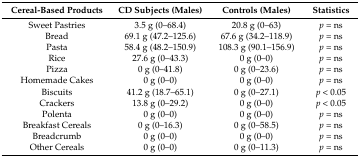
| Cereal-Based Products | CD Subjects (Males) | Controls (Males) | Statistics |
 | --- | --- | --- | --- |
 | Sweet Pastries | 3.5 g (0–68.4) | 20.8 g (0–63) | p = ns |
 | Bread | 69.1 g (47.2–125.6) | 67.6 g (34.2–118.9) | p = ns |
 | Pasta | 58.4 g (48.2–150.9) | 108.3 g (90.1–156.9) | p = ns |
 | Rice | 27.6 g (0–43.3) | 0 g (0–0) | p = ns |
 | Pizza | 0 g (0–41.8) | 0 g (0–23.6) | p = ns |
 | Homemade Cakes | 0 g (0–0) | 0 g (0–0) | p = ns |
 | Biscuits | 41.2 g (18.7–65.1) | 0 g (0–27.1) | p ˂ 0.05 |
 | Crackers | 13.8 g (0–29.2) | 0 g (0–0) | p ˂ 0.05 |
 | Polenta | 0 g (0–0) | 0 g (0–0) | p = ns |
 | Breakfast Cereals | 0 g (0–16.3) | 0 g (0–58.5) | p = ns |
 | Breadcrumb | 0 g (0–0) | 0 g (0–0) | p = ns |
 | Other Cereals | 0 g (0–0) | 0 g (0–11.3) | p = ns |